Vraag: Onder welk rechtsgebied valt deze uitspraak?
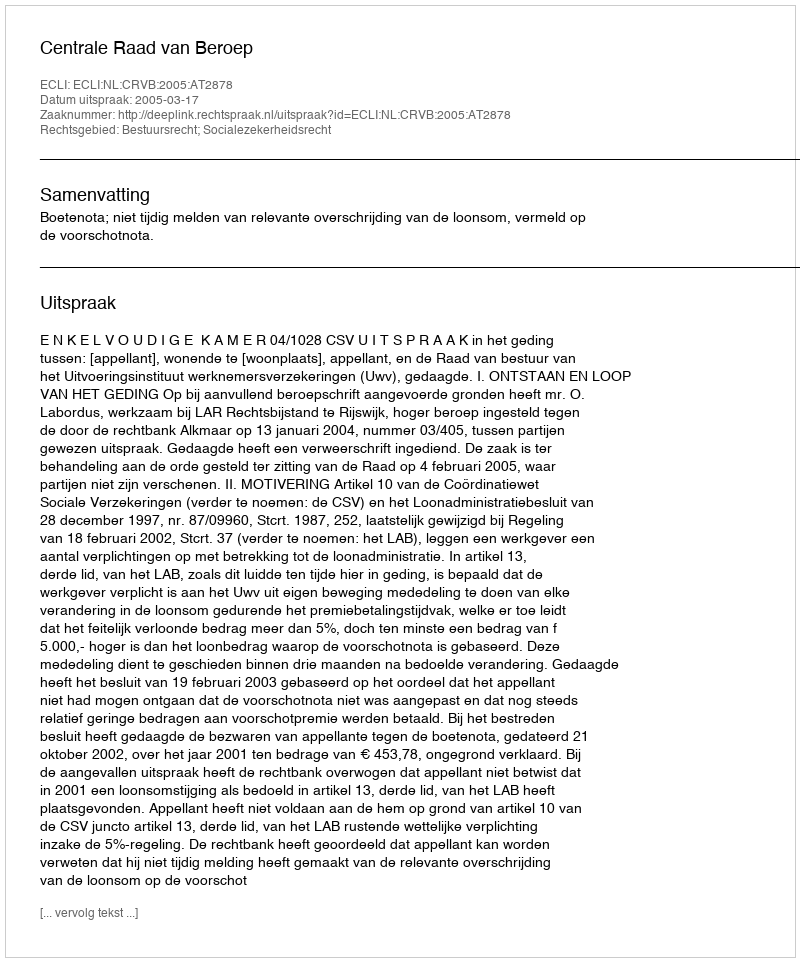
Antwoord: Bestuursrecht; Socialezekerheidsrecht